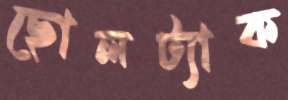
ছোলট্যাক